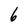
Character: 6